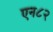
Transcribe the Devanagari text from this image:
एन८२